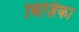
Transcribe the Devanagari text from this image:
बिज़िका